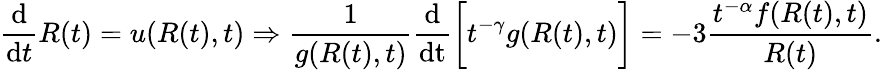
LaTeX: \frac{\mathrm{d}}{\mathrm{d}t}R(t)=u(R(t),t)\Rightarrow\frac{1}{g(R(t),t)}\frac{\mathrm{d}}{\mathrm{dt}}\bigg[t^{-\gamma}g(R(t),t)\bigg]=-3\frac{t^{-\alpha}f(R(t),t)}{R(t)}.